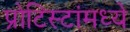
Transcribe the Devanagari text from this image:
प्रोटिस्टांमध्ये